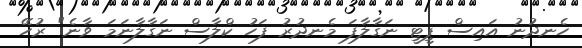
ހެނދުނު އައިސް ޕީޓީ ނަގާލާފަ މެނދުރު ފަހު ކްލާސް ނަގާލާނަމަ ވާނެ" ރުހޭ